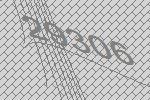
29306